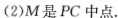
(2)M是PC中点。